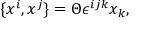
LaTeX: \{ x ^ { i } , x ^ { j } \} = \Theta \epsilon ^ { i j k } x _ { k } ,